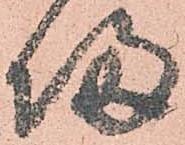
帰